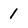
Character: 1